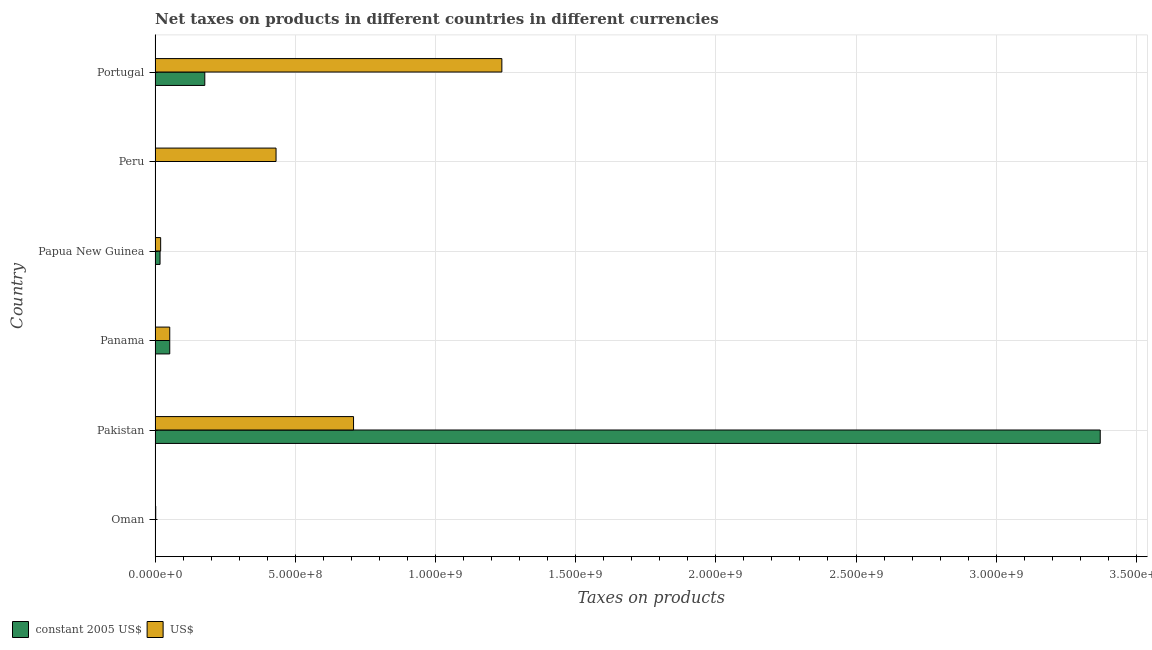
| Country | constant 2005 US$ | US$ |
 | --- | --- | --- |
 | Oman | 1e+06 | 2.4e+06 |
 | Pakistan | 3.37e+09 | 7.08e+08 |
 | Panama | 5.24e+07 | 5.24e+07 |
 | Papua New Guinea | 1.78e+07 | 1.99e+07 |
 | Peru | 16.7 | 4.32e+08 |
 | Portugal | 1.77e+08 | 1.24e+09 |